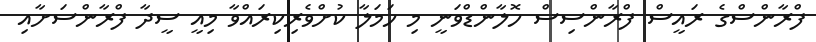
ފްރާންސްގެ ރައީސް ފްރާންސިސް ހޮލާންޑްވަނީ މި ހަމަލާ ކުށްވެރިކިރައްވާ މިއީ ސީދާ ފްރާންސަށާއި